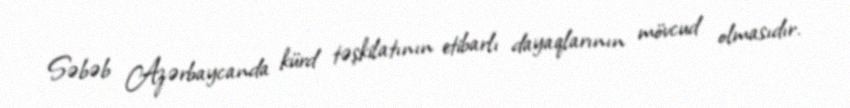
Səbəb Azərbaycanda kürd təşkilatının etibarlı dayaqlarının mövcud olmasıdır.